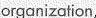
organizafion